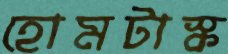
হোমটাস্ক